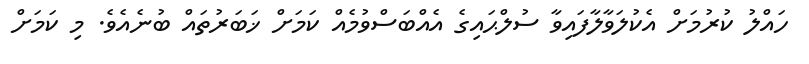
ހައްލު ކުރުމަށް އެކުލަވާލާފައިވާ ސުލްޙައިގެ އެއްބަސްވުމެއް ކަމަށް ޚަބަރުތައް ބުނެއެވެ. މި ކަމަށް